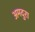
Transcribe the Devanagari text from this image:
अमदुरा